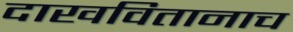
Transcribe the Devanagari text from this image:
दाखवितानाच